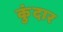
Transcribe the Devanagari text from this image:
कुंदार